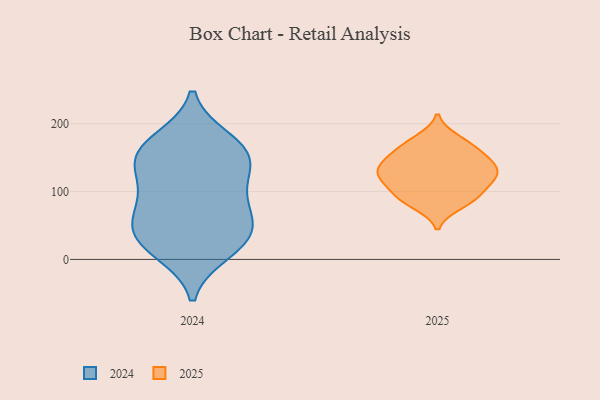
{"axis": {"x": "Tickets Resolved", "y": "Value"}, "legend": ["2024", "2025"], "data": [{"x": "", "y": 65, "type": "2024"}, {"x": "", "y": 161, "type": "2024"}, {"x": "", "y": 94, "type": "2024"}, {"x": "", "y": 175, "type": "2024"}, {"x": "", "y": 23, "type": "2024"}, {"x": "", "y": 49, "type": "2024"}, {"x": "", "y": 29, "type": "2024"}, {"x": "", "y": 162, "type": "2024"}, {"x": "", "y": 85, "type": "2024"}, {"x": "", "y": 138, "type": "2024"}, {"x": "", "y": 41, "type": "2024"}, {"x": "", "y": 12, "type": "2024"}, {"x": "", "y": 125, "type": "2024"}, {"x": "", "y": 152, "type": "2024"}, {"x": "", "y": 119, "type": "2025"}, {"x": "", "y": 81, "type": "2025"}, {"x": "", "y": 168, "type": "2025"}, {"x": "", "y": 120, "type": "2025"}, {"x": "", "y": 143, "type": "2025"}, {"x": "", "y": 90, "type": "2025"}, {"x": "", "y": 142, "type": "2025"}, {"x": "", "y": 119, "type": "2025"}, {"x": "", "y": 164, "type": "2025"}, {"x": "", "y": 128, "type": "2025"}, {"x": "", "y": 149, "type": "2025"}, {"x": "", "y": 97, "type": "2025"}, {"x": "", "y": 130, "type": "2025"}, {"x": "", "y": 91, "type": "2025"}, {"x": "", "y": 177, "type": "2025"}]}